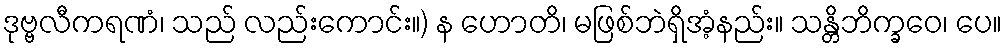
ဒုဗ္ဗလီကရဏံ၊ သည် လည်းကောင်း။) န ဟောတိ၊ မဖြစ်ဘဲရှိအံ့နည်း။ သန္တိဘိက္ခဝေ၊ ပေ။